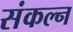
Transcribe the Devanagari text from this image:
संकल्न